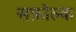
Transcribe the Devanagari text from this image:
सफ़ोल्क